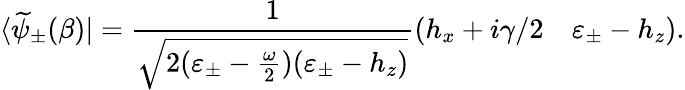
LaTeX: \langle\widetilde{\psi}_{\pm}(\beta)|=\frac{1}{\sqrt{2(\varepsilon_{\pm}-\frac{\omega}{2})(\varepsilon_{\pm}-h_{z})}}\left(\begin{array}{ll}{h_{x}+i\gamma/2}&{\varepsilon_{\pm}-h_{z}}\end{array}\right).